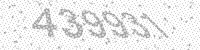
Solution: 439931